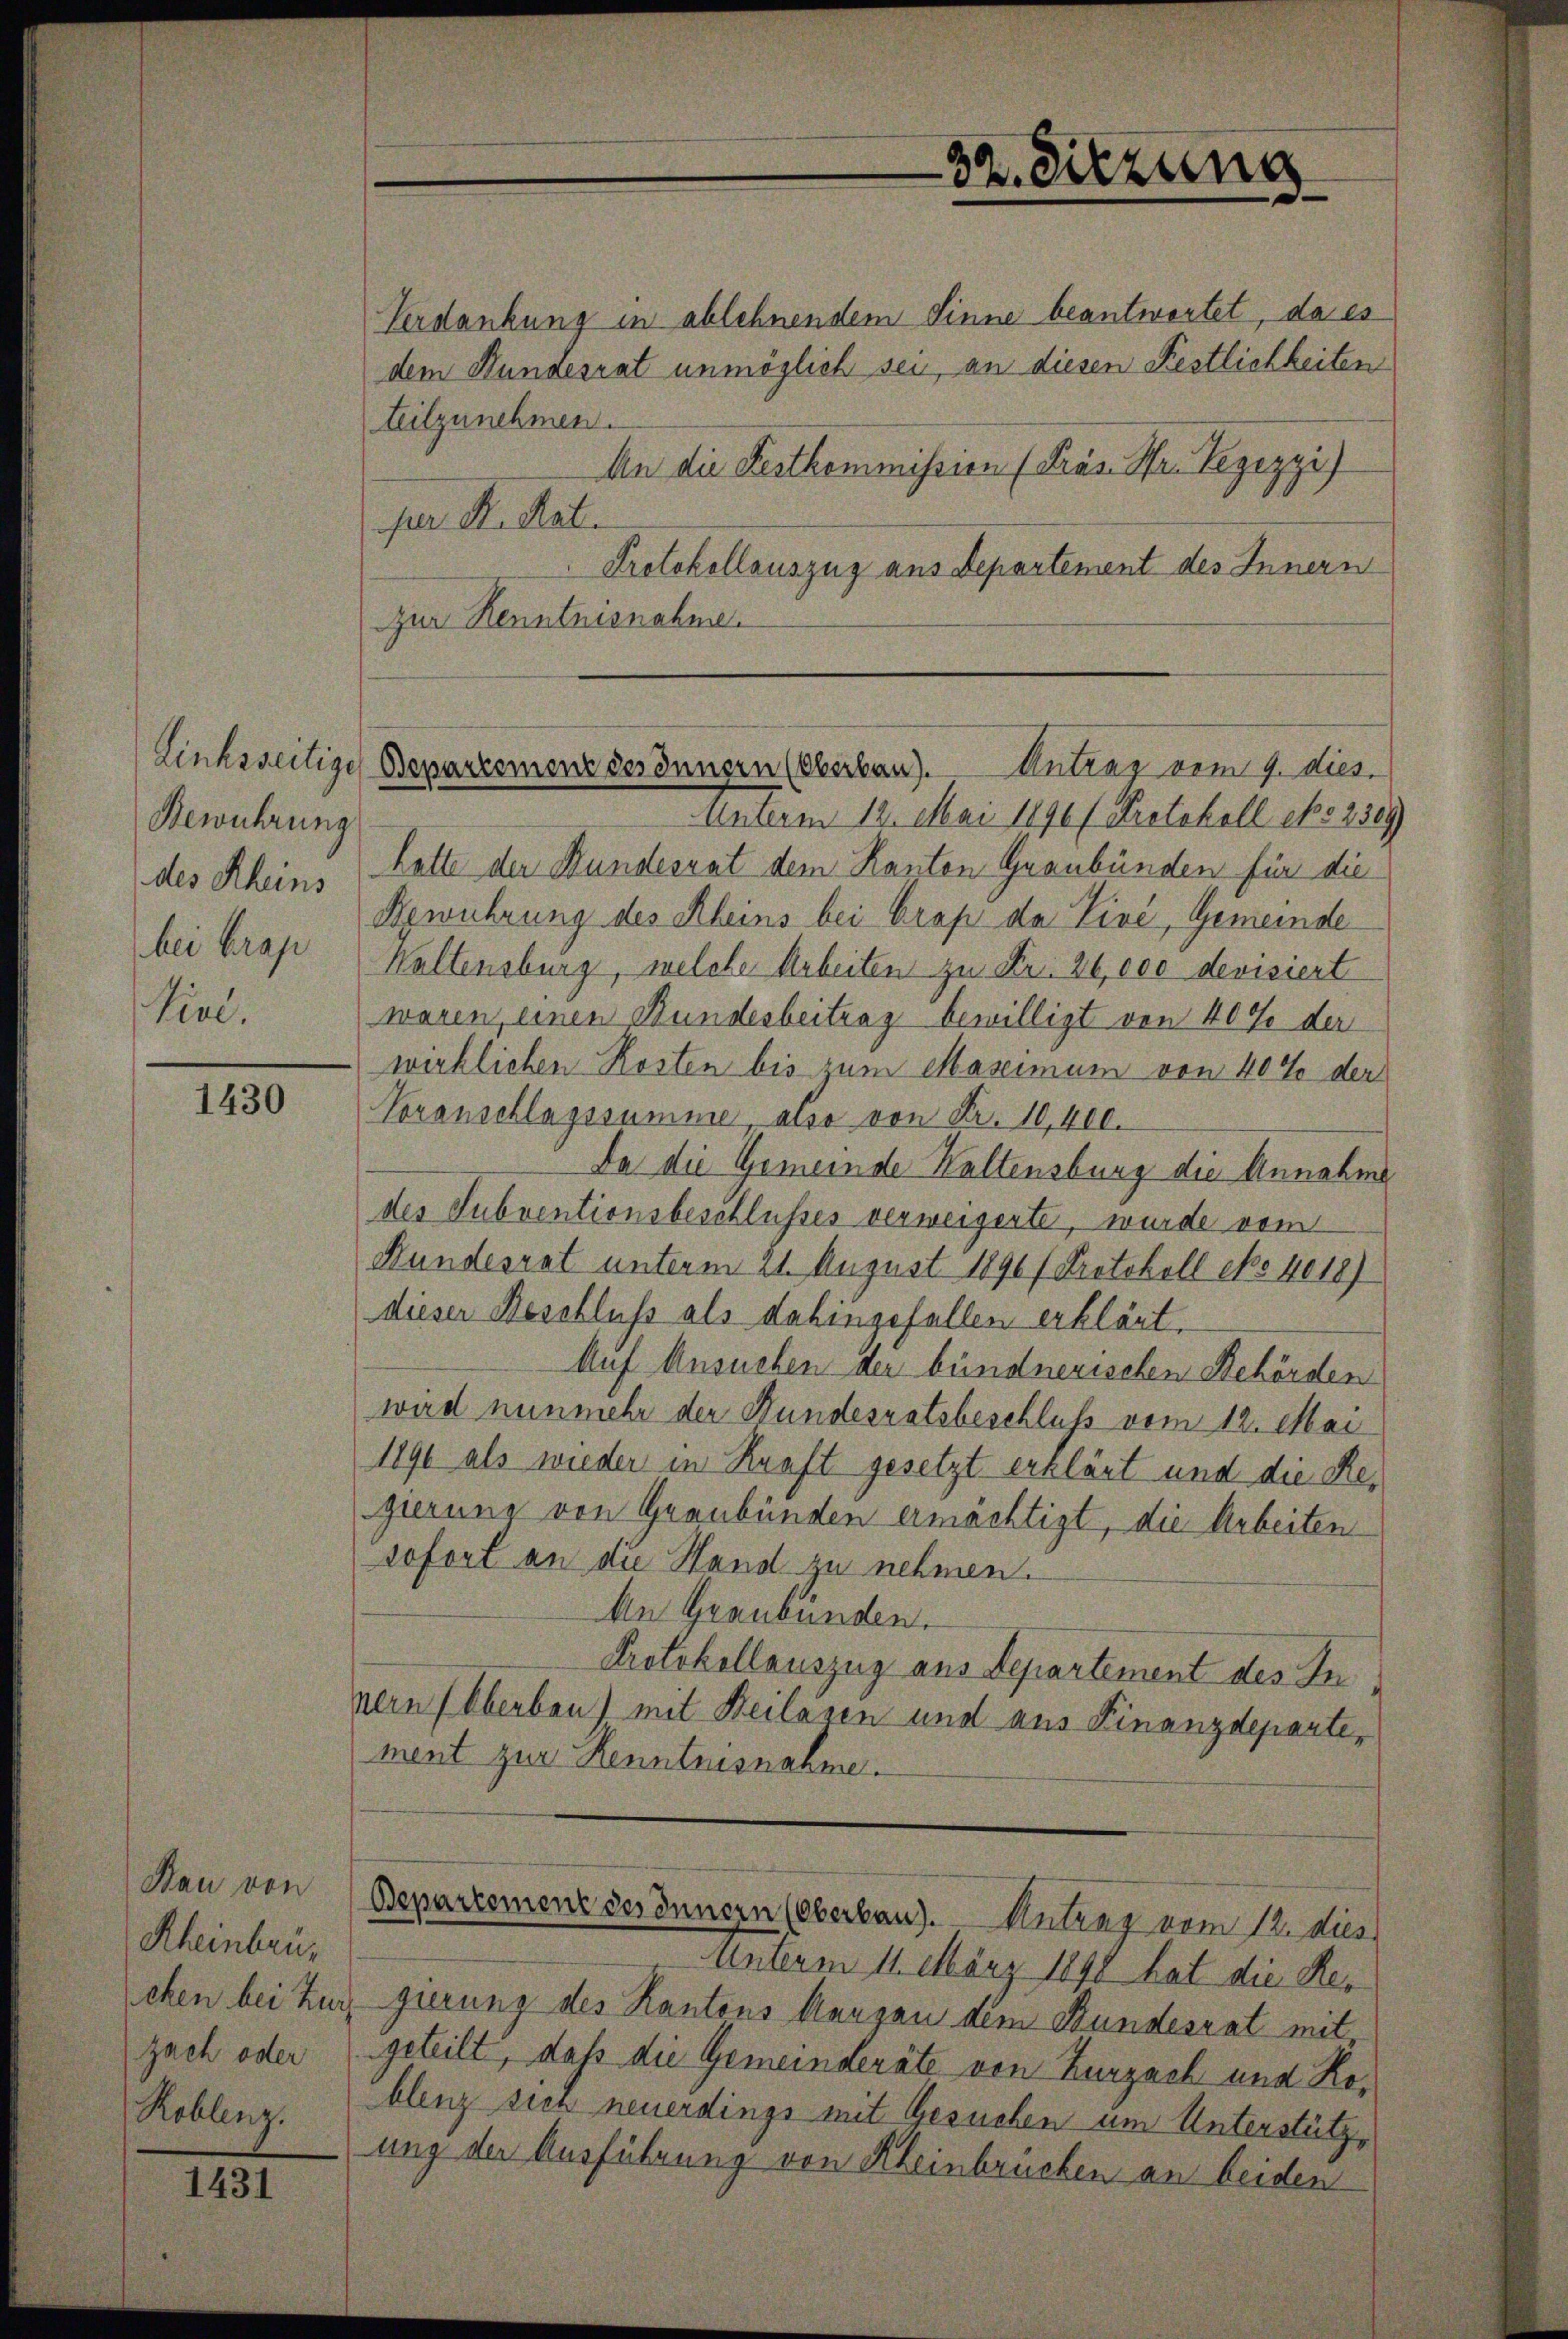
Bewuhrung
Sinl.

1430

Bau von
Rheinbrüzach oder
Roblenz.

1431

Verdankung in ablehnendem Sinne beantwortet, da es
dem Hundesrat unmöglich sei, an diesen Festlichkeiten
teilzunehmen.
An die Festkommission (Präs. Hr. Legezzi)
per. K. Rat.
Protokollauszug aus Departement des Innern
zur Kenntnisnahme.
Unterm 12. Mai 1896/ Protokoll No 3309)
des Rheins hatte der Bundesrat dem Kanton Graubünden für die
Bewührung des Rheins bei Grap da Livé, Gemeinde
bei Grap Waltensburg, welche Arbeiten zu Fr. 20, ece devisiert
waren, einen Bundesbeitrag bewilligt von 40% der
wirklichen Kosten bis zum Massimum von 40% der
Voranschlagssumme, also von Fr. 10,400.
Da die Gemeinde Waltensburg die Annahme
des Subventionsbeschlusses verweigerte, wurde vom
Bundesrat unterm 21. August 1890/ Protokoll epo 4018)
dieser Beschluss als dahingefallen erklärt.
Auf Ansuchen der bündnerischen Behörden
wird nunmehr der Bundesratsbeschluss vom 12. Mai
1890 als wieder in Kraft gesetzt erklärt und die Regierung von Graubünden ermächtigt, die Arbeiten
sofort an die Hand zu nehmen.
An Graubünden.
Protokollauszug aus Departement des Innern Oberbau) mit Beilagen und aus Finanzdeparti-
ment zur Kenntnisnahme.

32. Sitzung

Linksseitige Bepartement des Innern (Oberbau). Antrag vom 9. dies.

Departement des Innern (Oberbau). Antrag vom 12. Aus

Unterm 11. März 1890 hat die Her
chen bei zur gierung des Kantons Kenzen dem Bundesrat mit
geteilt, daß die Gemeinderäte von Zurzach und Koblenz sich neuerdings mit Gesuchen um Unterstützung der Ausführung von Kleinbruchen an beiden